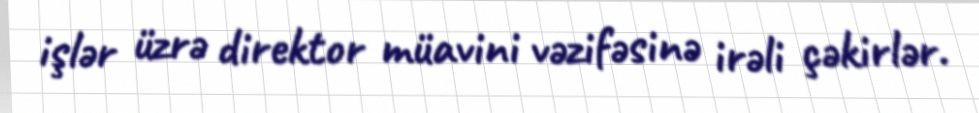
işlər üzrə direktor müavini vəzifəsinə irəli çəkirlər.